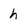
Character: h